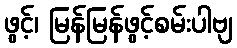
ဖွင့်၊ မြန်မြန်ဖွင့်စမ်းပါဗျ